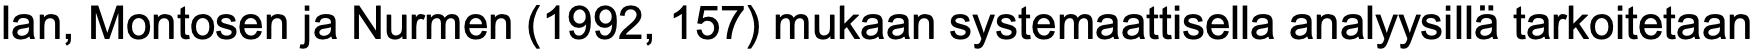
lan, Montosen ja Nurmen (1992, 157) mukaan systemaattisella analyysillä tarkoitetaan